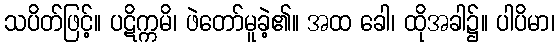
သပိတ်ဖြင့်။ ပဋိက္ကမိ၊ ဖဲတော်မူခဲ့၏။ အထ ခေါ၊ ထိုအခါ၌။ ပါပိမာ၊